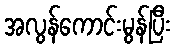
အလွန်ကောင်းမွန်ပြီး